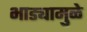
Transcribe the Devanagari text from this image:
भाड्यामुळे